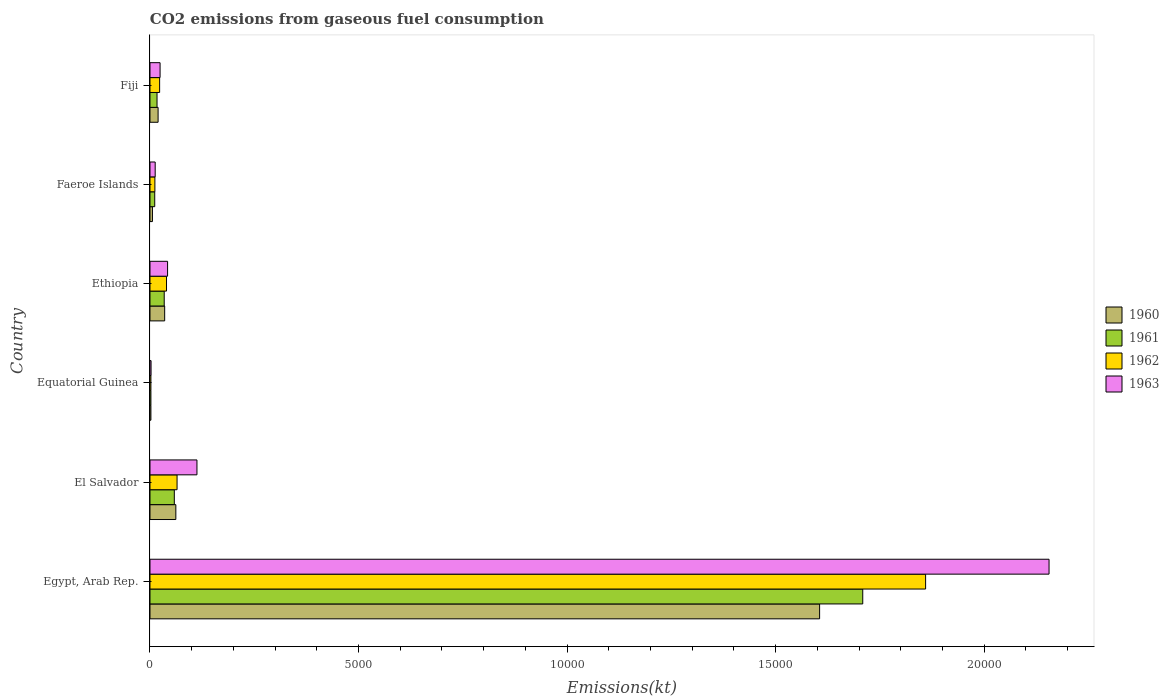
| Country | 1960 | 1961 | 1962 | 1963 |
 | --- | --- | --- | --- | --- |
 | Egypt, Arab Rep. | 1.61e+04 | 1.71e+04 | 1.86e+04 | 2.16e+04 |
 | El Salvador | 620 | 583 | 649 | 1.13e+03 |
 | Equatorial Guinea | 22 | 22 | 22 | 25.7 |
 | Ethiopia | 352 | 341 | 396 | 422 |
 | Faeroe Islands | 58.7 | 114 | 117 | 125 |
 | Fiji | 194 | 169 | 231 | 242 |